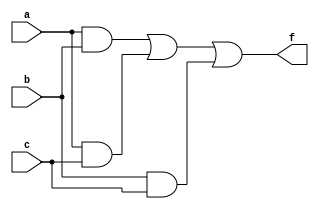
`timescale 1ns / 1ps
//////////////////////////////////////////////////////////////////////////////////
// Company: 
// Engineer: 
// 
// Design Name: 
// Module Name: majority voter
// Project Name: 
// Target Devices: 
// Tool Versions: 
// Description: 
// 
// Dependencies: 
// 
// Revision:
// Revision 0.01 - File Created
// Additional Comments:
// 
//////////////////////////////////////////////////////////////////////////////////


module majority_voter(
    input a,
    input b,
    input c,
    output f
    );
    assign f = a&b | a&c | b&c;
endmodule